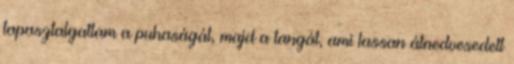
tapasztalgattam a puhaságát, majd a tangát, ami lassan átnedvesedett